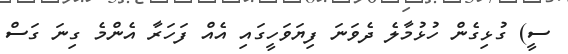
ސީ) ގުޅިގެން ހުޅުމާލެ ދެވަނަ ފިޔަވަހީގައި އެއް ފަހަރާ އެންމެ ގިނަ ގަސް